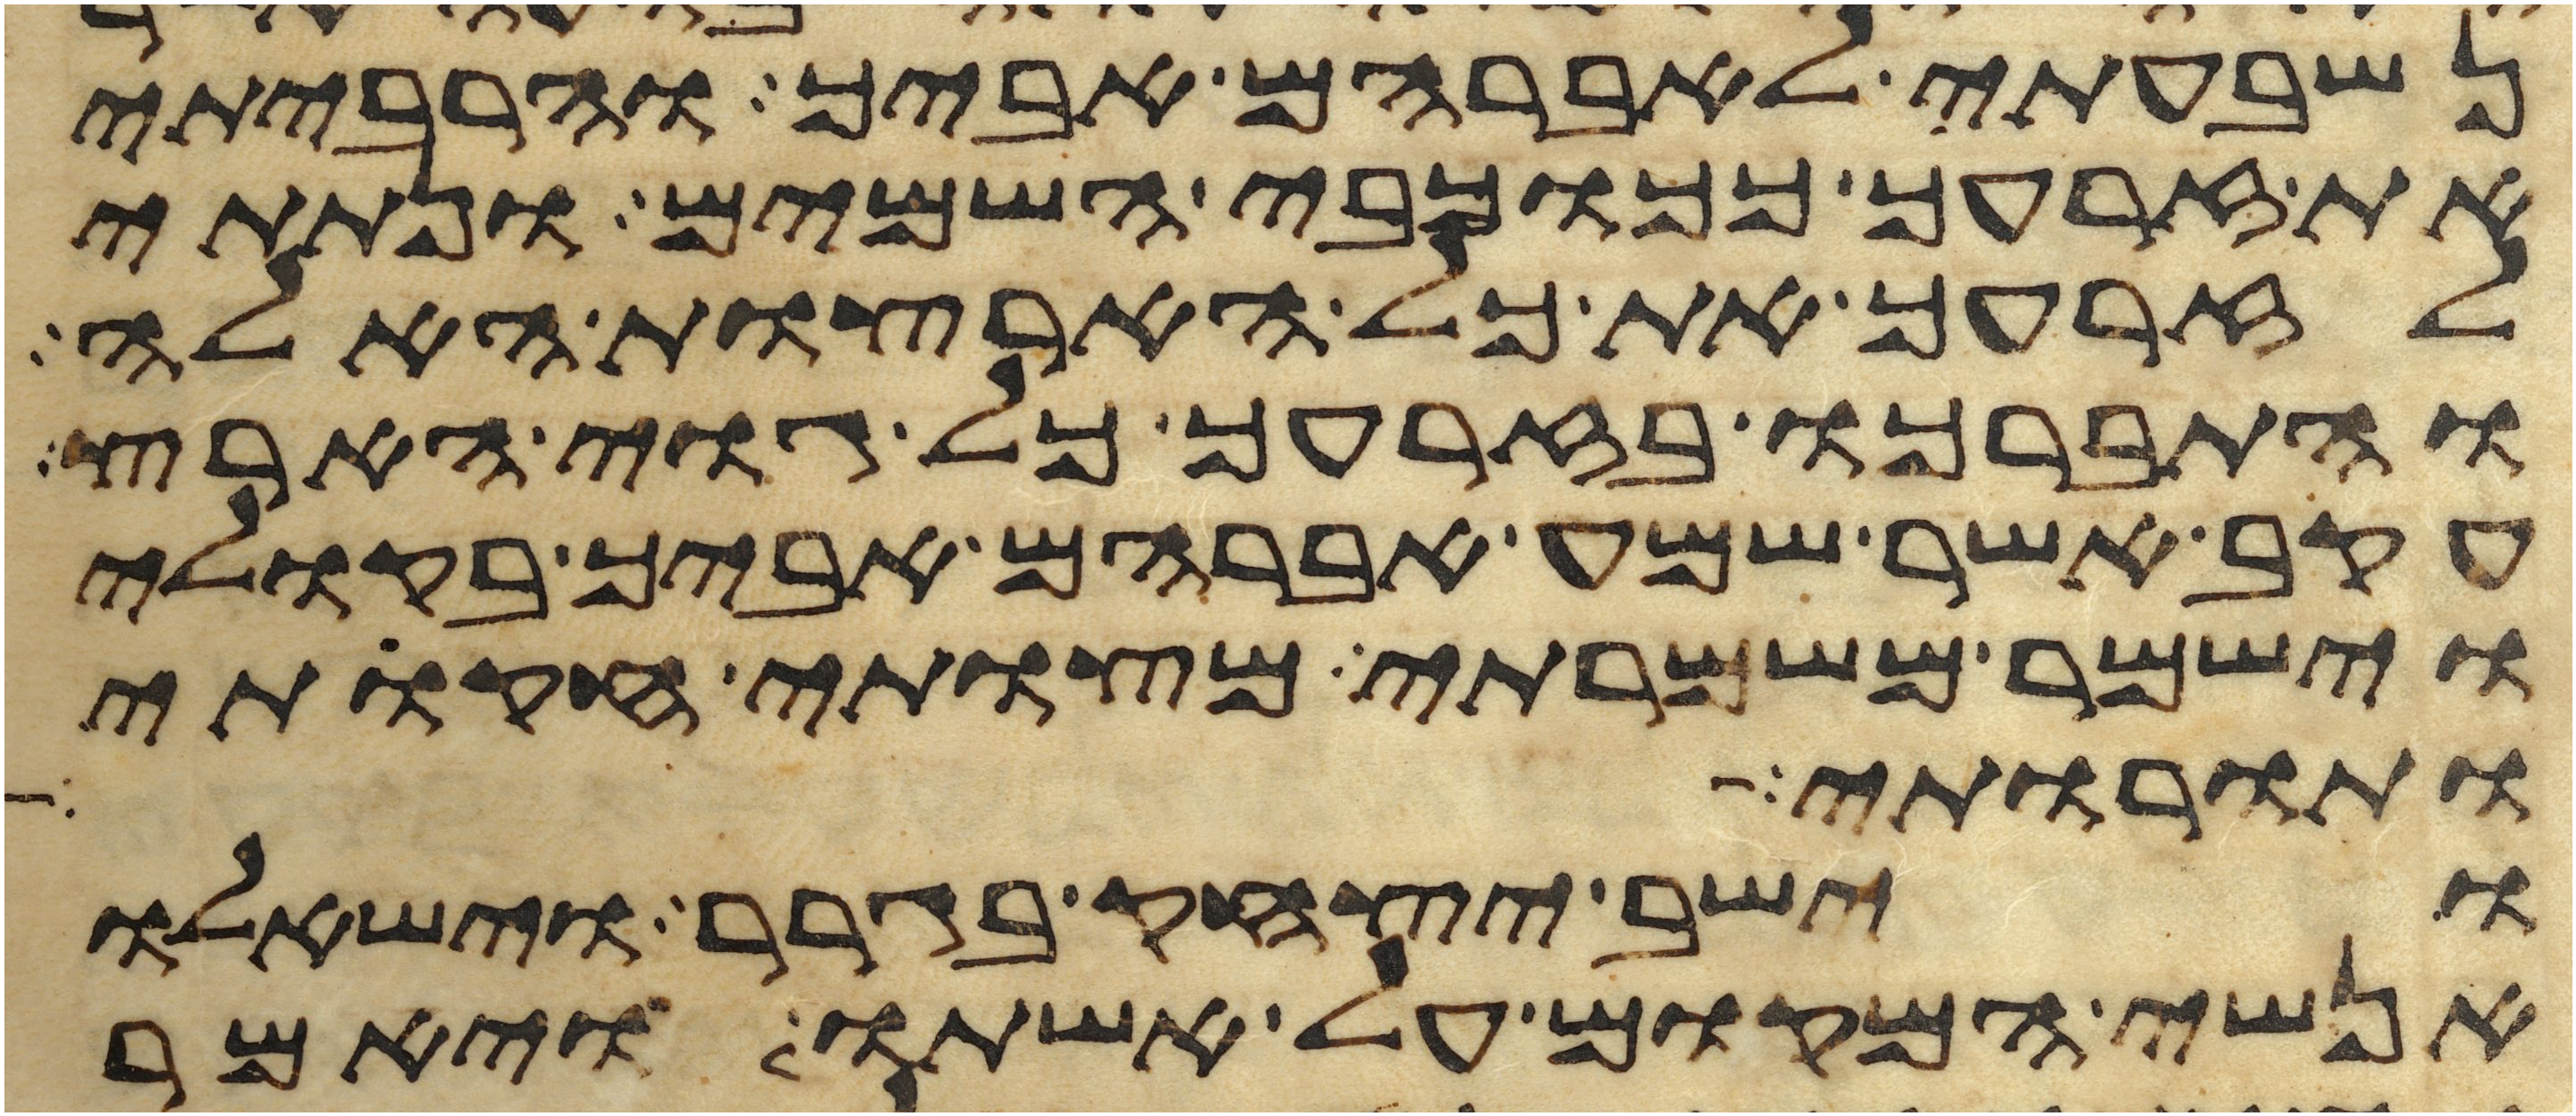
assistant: נשבעתי לאברהם אביך והרביתי
את זרעך ככוכבי השמים ונתתי
לזרעך את כל הארצות האלה
והתברכו בזרעך כל גוי הארץ
עקב אשר שמע אברהם אביך בקולי
וישמר משמרתי מצותי חקותי
ותורותי
וישב יצחק בגרר וישאלו
אנשי המקום על אשתו ויאמר